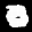
Label: 0